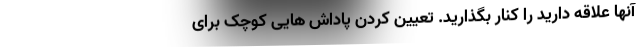
آنها علاقه دارید را کنار بگذارید. تعیین کردن پاداش هایی کوچک برای